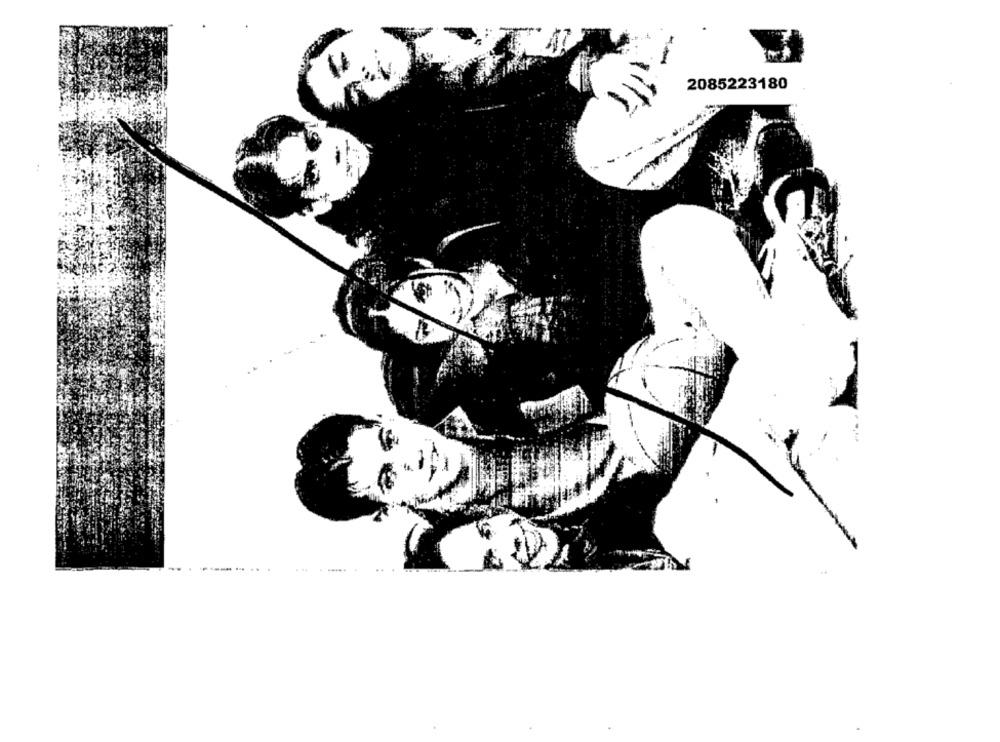
2085223180